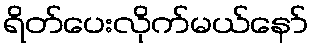
ရိတ်ပေးလိုက်မယ်နော်